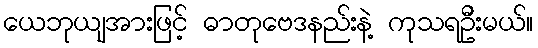
ယေဘုယျအားဖြင့် ဓာတုဗေဒနည်းနဲ့ ကုသရဦးမယ်။